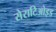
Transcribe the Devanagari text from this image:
सेराटिओइड